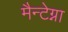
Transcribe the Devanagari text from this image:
मैन्टेग्ना